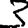
Digit: 3